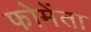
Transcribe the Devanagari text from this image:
फोमेंता